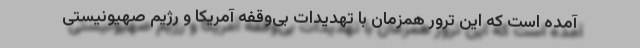
آمده است که این ترور همزمان با تهدیدات بی‌وقفه آمریکا و رژیم صهیونیستی